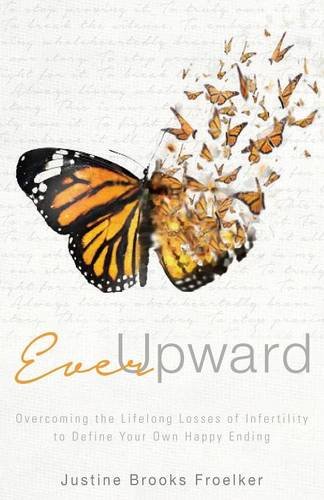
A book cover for Ever Upward: Overcoming the Life Long Losses of Infertility to Define Your Own Happy Ending.; Justine Brooks Froelker; Parenting & Relationships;